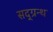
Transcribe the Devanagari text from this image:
सद्ग्रन्थ